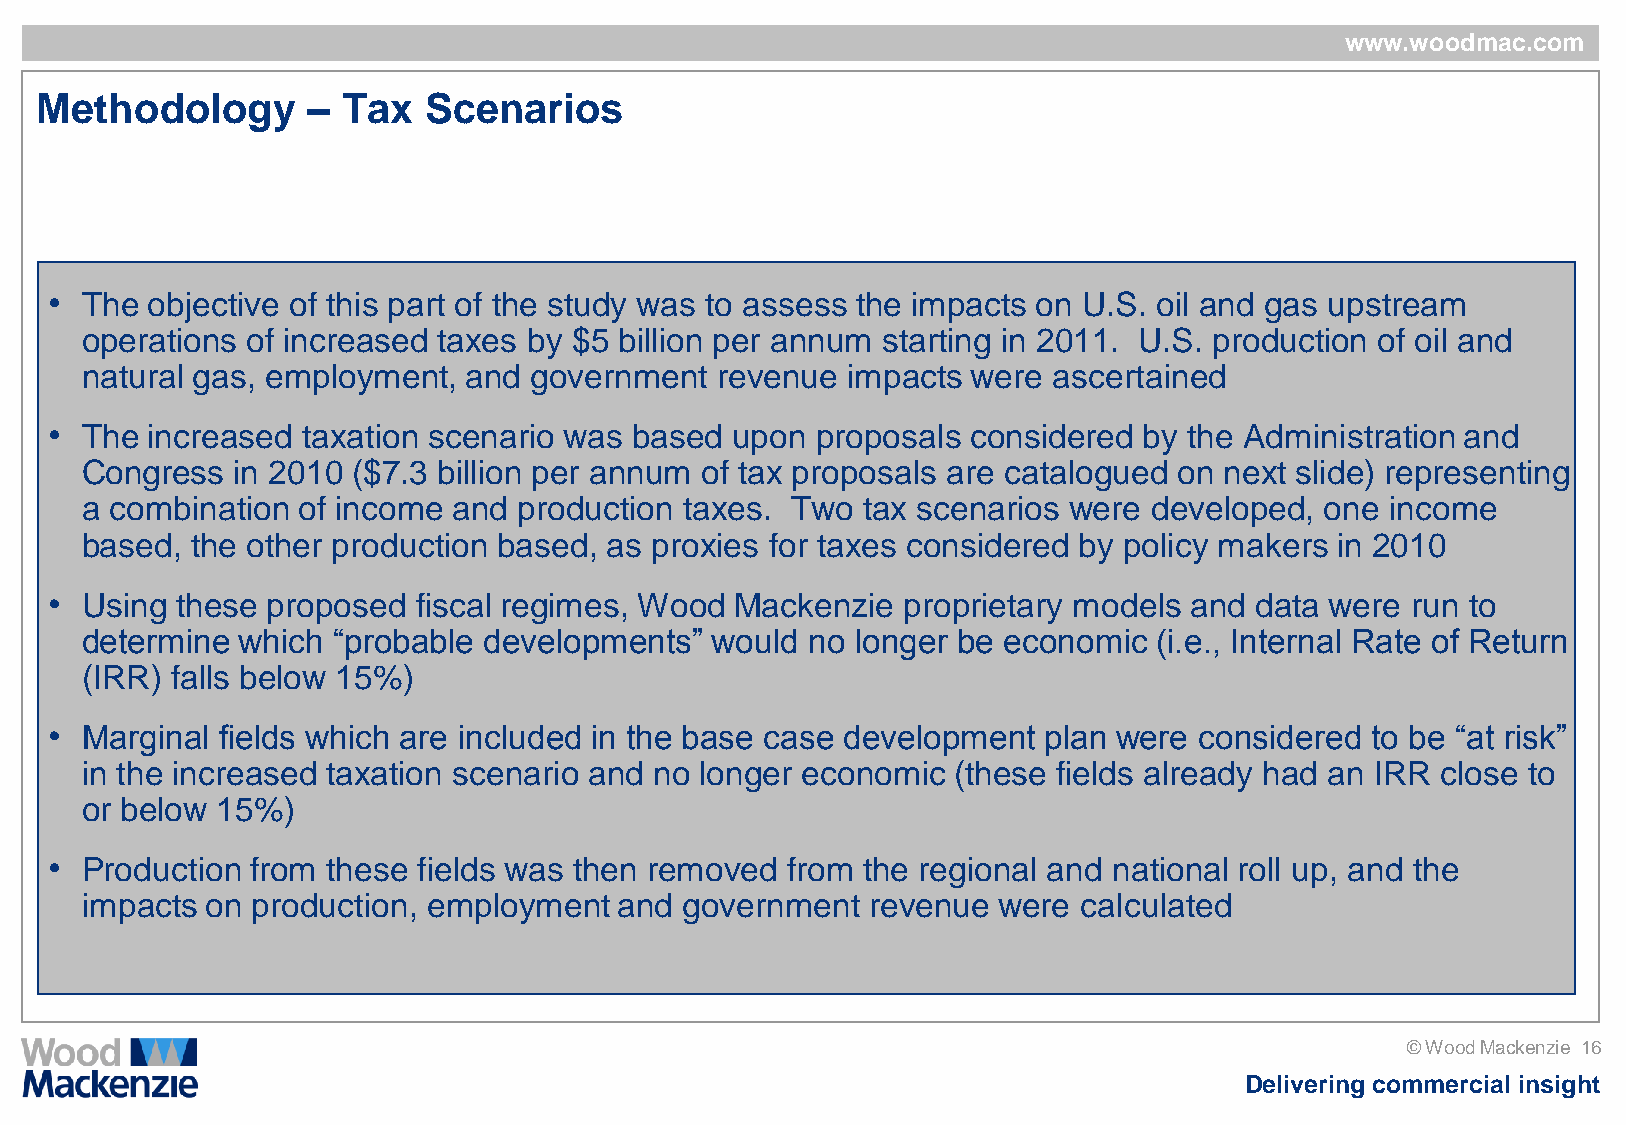
www.woodmac.com
 Methodology       –  Tax  Scenarios
 • The  objective of this part of the study was to assess the impacts on U.S. oil and gas upstream
 operations of increased taxes by $5 billion per annum starting in 2011. U.S. production of oil and
 natural gas, employment,  and government  revenue  impacts were  ascertained
 • The  increased taxation scenario was based upon  proposals considered  by the Administration and
 Congress  in 2010 ($7.3 billion per annum of tax proposals are catalogued on next slide) representing
 a combination  of income and production taxes. Two  tax scenarios were developed,  one income
 based,  the other production based, as proxies for taxes considered by policy makers in 2010
 • Using  these proposed  fiscal regimes, Wood Mackenzie  proprietary models and data were run to
 determine  which “probable developments”  would  no longer be economic (i.e., Internal Rate of Return
 (IRR) falls below 15%)
 • Marginal fields which are included in the base case development plan were considered  to be “at risk”
 in the increased taxation scenario and no longer economic (these fields already had an IRR close to
 or below 15%)
 • Production  from these fields was then removed from the regional and national roll up, and the
 impacts  on production, employment  and government   revenue were  calculated
 © Wood Mackenzie 16
 Delivering commercial insight